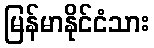
မြန်မာနိုင်ငံသား